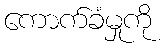
ကောက်ခံမှုကို